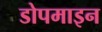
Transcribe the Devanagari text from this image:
डोपमाइन